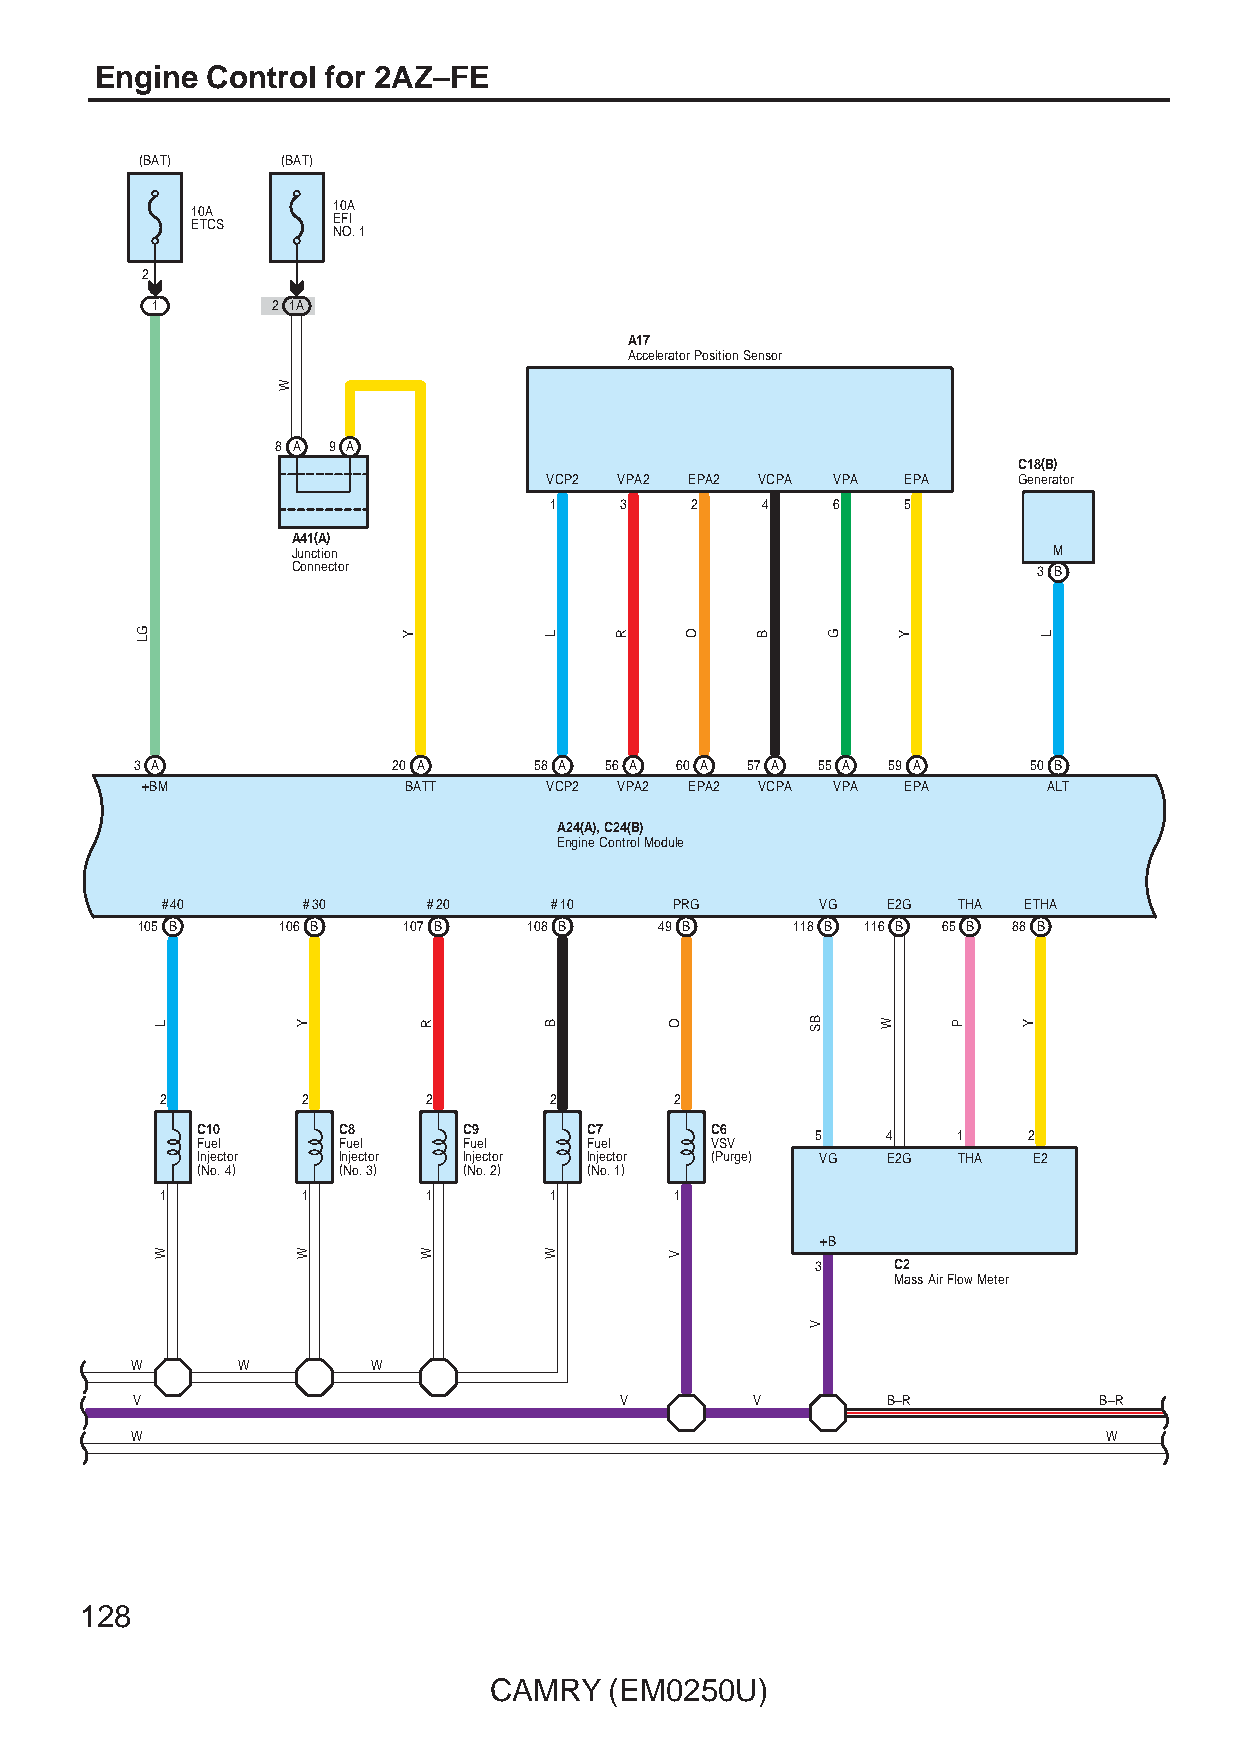
Engine  Control for 2AZ–FE
 (BAT)     (BAT)
 10A      10A
 ETCS     EFI
 NO. 1
 2
 1       2 1A
 A17
 Accelerator Position Sensor
 8 A 9 A
 C18(B)
 VCP2 VPA2 EPA2 VCPA VPA EPA    Generator
 1    3    2   4    6    5
 A41(A)
 Junction                                           M
 Connector                                         3 B
 3 A              20 A     58 A 56 A 60 A 57 A 55 A 59 A    50 B
 +BM               BATT     VCP2 VPA2 EPA2 VCPA VPA EPA      ALT
 A24(A), C24(B)
 Engine Control Module
 #40      #30     #20     #10      PRG      VG   E2G THA  ETHA
 105 B    106 B    107 B   108 B    49 B    118 B 116 B 65 B 88 B
 2        2       2       2        2
 C10      C8       C9      C7      C6
 5    4   1    2
 Fuel     Fuel     Fuel    Fuel    VSV
 Injector Injector Injector Injector (Purge) VG E2G THA E2
 (No. 4)  (No. 3)  (No. 2) (No. 1)
 1        1       1       1        1
 +B
 3    C2
 Mass Air Flow Meter
 W      W        W
 V                               V        V        B–R           B–R
 W                                                               W
 128
 CAMRY   (EM0250U)
 GL
 L
 W
 W
 Y
 W
 Y
 R
 W
 L
 B
 W
 R
 O
 V
 O    B
 BS
 V
 G
 W
 Y
 P    Y
 L